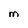
Character: M